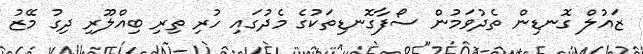
ޒައުލް ގޮނޑިން ތެދުވަމުން ސޯފާގޮނޑިތަކުގެ މެދުގައި ހުރި ތިރި ބިއްލޫރި ދިގު މޭޒު